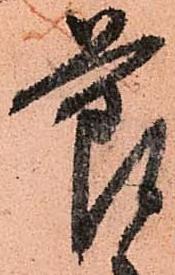
節